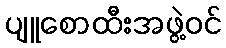
ပျူစောထီးအဖွဲ့ဝင်